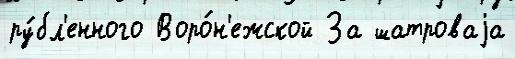
ру́бл'енного Воро́н'ежской За шатроваjа